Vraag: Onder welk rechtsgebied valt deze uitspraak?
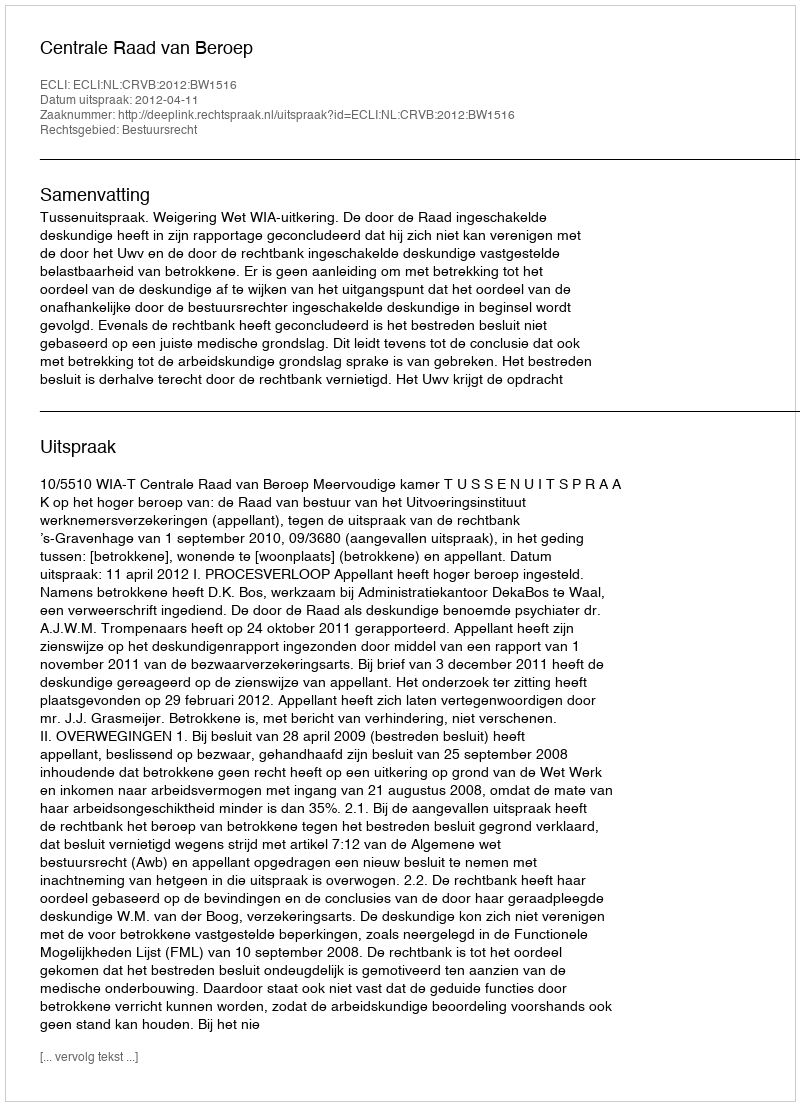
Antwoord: Bestuursrecht